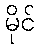
မိုင်